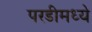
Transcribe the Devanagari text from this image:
परडीमध्ये